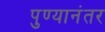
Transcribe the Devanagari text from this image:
पुण्यानंतर